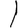
Digit: 1